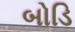
બોડિ